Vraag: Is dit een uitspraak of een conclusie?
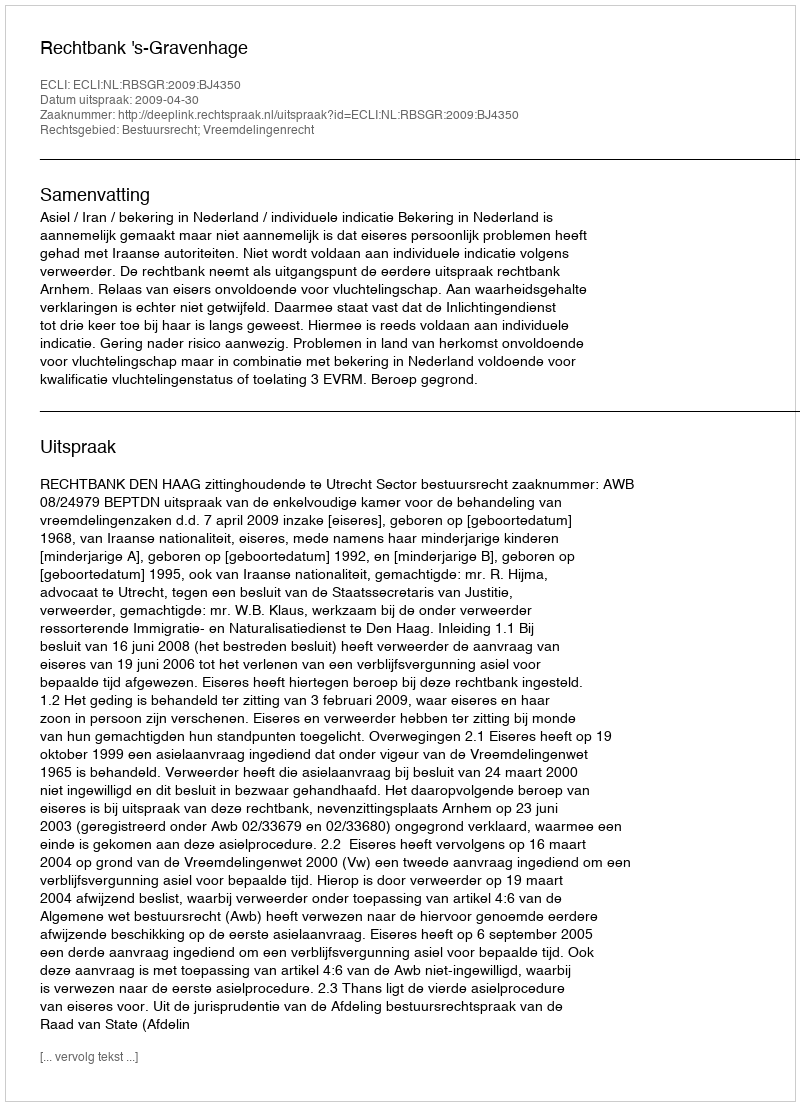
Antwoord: Uitspraak